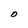
Character: O